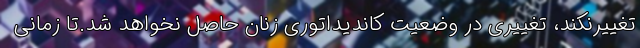
تغییرنکند، تغییری در وضعیت کاندیداتوری زنان حاصل نخواهد شد.تا زمانی